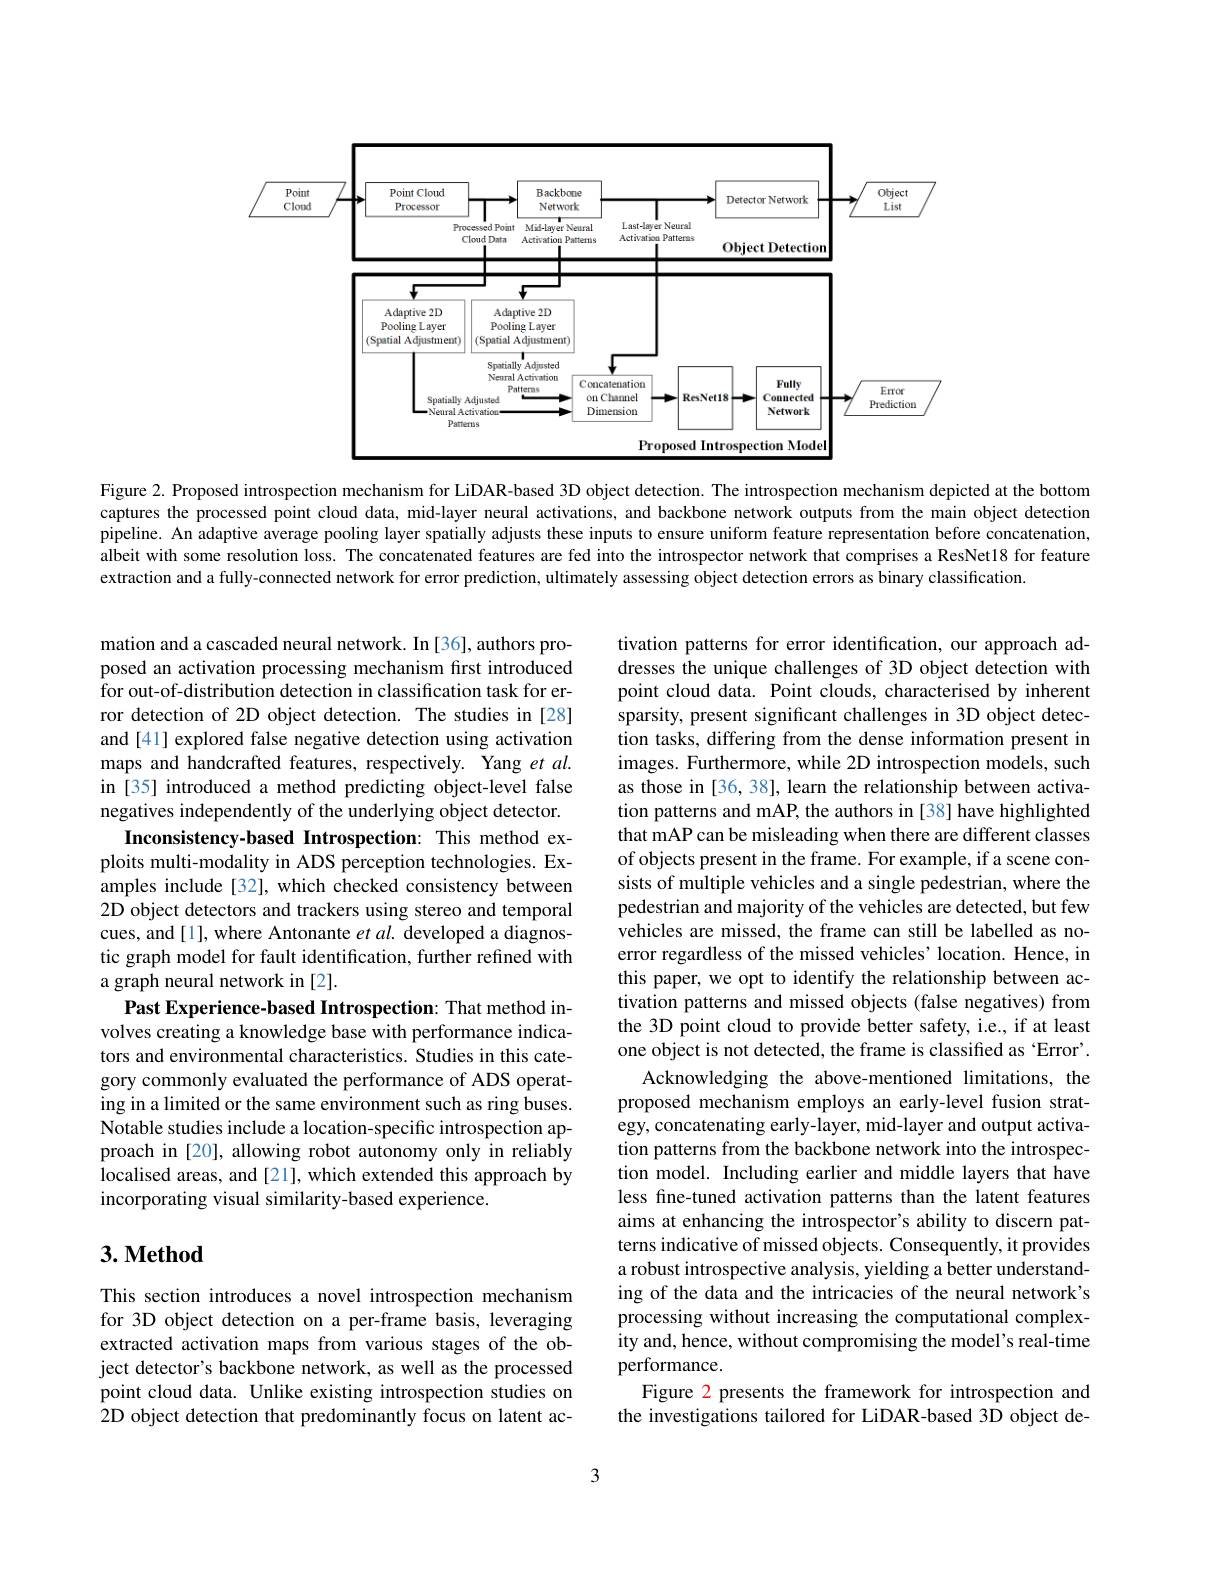
<FigureHere>

Figure 2. Proposed introspection mechanism for LiDAR-based 3D object detection. The introspection mechanism depicted at the bottom captures the processed point cloud data, mid-layer neural activations, and backbone network outputs from the main object detection pipeline. An adaptive average pooling layer spatially adjusts these inputs to ensure uniform feature representation before concatenation, albeit with some resolution loss. The concatenated features are fed into the introspector network that comprises a ResNet18 for feature extraction and a fully-connected network for error prediction, ultimately assessing object detection errors as binary classification.

mation and a cascaded neural network. In [36], authors proposed an activation processing mechanism first introduced for out-of-distribution detection in classification task for error detection of 2D object detection. The studies in [28] and [41] explored false negative detection using activation maps and handcrafted features, respectively. Yang et al. in [35] introduced a method predicting object-level false negatives independently of the underlying object detector.
Inconsistency-based Introspection: This method exploits multi-modality in ADS perception technologies. Examples include [32], which checked consistency between 2D object detectors and trackers using stereo and temporal cues, and [1], where Antonante et al. developed a diagnostic graph model for fault identification, further refined with a graph neural network in [2].
Past Experience-based Introspection: That method involves creating a knowledge base with performance indicators and environmental characteristics. Studies in this category commonly evaluated the performance of ADS operating in a limited or the same environment such as ring buses. Notable studies include a location-specific introspection approach in [20], allowing robot autonomy only in reliably localised areas, and [21], which extended this approach by incorporating visual similarity-based experience.

tivation patterns for error identification, our approach addresses the unique challenges of 3D object detection with point cloud data. Point clouds, characterised by inherent sparsity, present significant challenges in 3D object detection tasks, differing from the dense information present in images. Furthermore, while 2D introspection models, such as those in [36, 38], learn the relationship between activation patterns and mAP, the authors in [38] have highlighted that mAP can be misleading when there are different classes of objects present in the frame. For example, if a scene consists of multiple vehicles and a single pedestrian, where the pedestrian and majority of the vehicles are detected, but few vehicles are missed, the frame can still be labelled as noerror regardless of the missed vehicles' location. Hence, in this paper, we opt to identify the relationship between activation patterns and missed objects (false negatives) from the 3D point cloud to provide better safety, i.e., if at least one object is not detected, the frame is classified as ‘Error’.
Acknowledging the above-mentioned limitations, the proposed mechanism employs an early-level fusion strategy, concatenating early-layer, mid-layer and output activation patterns from the backbone network into the introspection model. Including earlier and middle layers that have less fne-tuned activation patterns than the latent features aims at enhancing the introspector's ability to discern patterns indicative of missed objects. Consequently, it provides a robust introspective analysis, yielding a better understanding of the data and the intricacies of the neural network's processing without increasing the computational complexity and, hence, without compromising the model's real-time performance.
Figure 2 presents the framework for introspection and the investigations tailored for LiDAR-based 3D object de-

## $3. \textbf{Method}$

This section introduces a novel introspection mechanism for 3D object detection on a per-frame basis, leveraging extracted activation maps from various stages of the object detector's backbone network, as well as the processed point cloud data. Unlike existing introspection studies on 2D object detection that predominantly focus on latent ac-

3